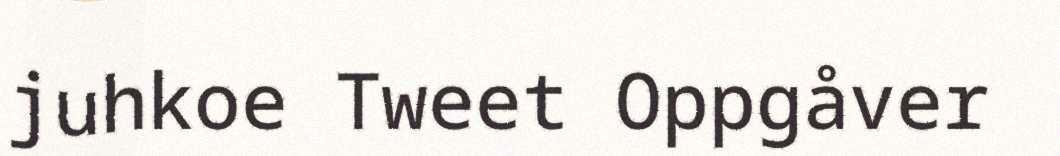
juhkoe Tweet Oppgåver